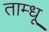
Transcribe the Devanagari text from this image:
ताम्धू